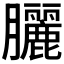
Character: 𫇃